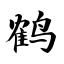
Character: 鹤